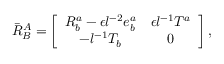
\bar { R } _ { B } ^ { A } = \left[ \begin{array} { c c } { { R _ { b } ^ { a } - \epsilon l ^ { - 2 } e _ { b } ^ { a } } } & { { \epsilon l ^ { - 1 } T ^ { a } } } \\ { { - l ^ { - 1 } T _ { b } } } & { { 0 } } \end{array} \right] ,